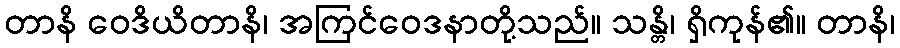
တာနိ ဝေဒိယိတာနိ၊ အကြင်ဝေဒနာတို့သည်။ သန္တိ၊ ရှိကုန်၏။ တာနိ၊